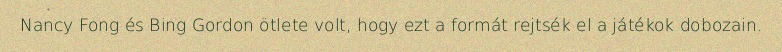
Nancy Fong és Bing Gordon ötlete volt, hogy ezt a formát rejtsék el a játékok dobozain.